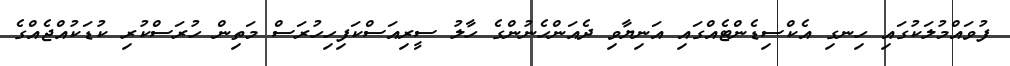
ފުވައްމުލަކުގައި ހިނގި އެކްސިޑެންޓެއްގައި އަނިޔާވި ދެއަންހެނުންގެ ހާލު ސީރިއަސްކަފިހިހުރަސް މަތިން ހުރަސްކުރި ކުޑަކުއްޖެއްގެ